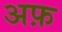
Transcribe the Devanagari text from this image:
अफ़